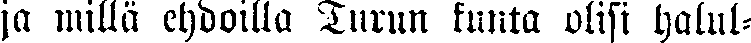
ja millä ehdoilla Turun kunta olisi halul-